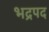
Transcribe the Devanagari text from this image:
भद्रपद